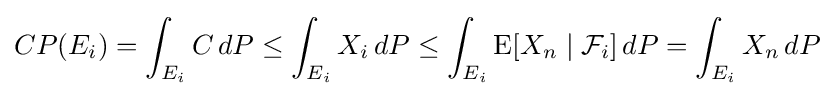
CP(E_{i})=\int _{E_{i}}C\,dP\leq \int _{E_{i}}X_{i}\,dP\leq \int _{E_{i}}{\text{E}}[X_{n}\mid {\mathcal {F}}_{i}]\,dP=\int _{E_{i}}X_{n}\,dP